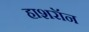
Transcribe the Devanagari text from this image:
हाशरॉन